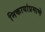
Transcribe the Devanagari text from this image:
निकायांप्रमाणे